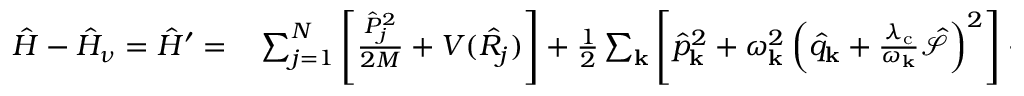
\begin{array} { r l } { \hat { H } - \hat { H } _ { \nu } = \hat { H } ^ { \prime } = } & { { } \sum _ { j = 1 } ^ { N } \left[ \frac { \hat { P } _ { j } ^ { 2 } } { 2 M } + V ( \hat { R _ { j } } ) \right] + \frac { 1 } { 2 } \sum _ { \mathbf { k } } \left[ \hat { p } _ { \mathrm { \mathbf { k } } } ^ { 2 } + \omega _ { \mathbf { k } } ^ { 2 } \left( \hat { q } _ { \mathrm { \mathbf { k } } } + \frac { \lambda _ { \mathrm { c } } } { \omega _ { \mathbf { k } } } \hat { \mathcal { S } } \right) ^ { 2 } \right] + \frac { 1 } { 2 } \sum _ { \mathbf { k } , \zeta } \left[ \hat { \tilde { p } } _ { \mathbf { k } , \zeta } ^ { 2 } + \tilde { \omega } _ { \mathbf { k } , \zeta } ^ { 2 } \left( \hat { \tilde { x } } _ { \mathbf { k } , \zeta } - \frac { \tilde { c } _ { \mathbf { k } , \zeta } } { \tilde { \omega } _ { \mathbf { k } , \zeta } ^ { 2 } } \hat { q } _ { \mathrm { \mathbf { k } } } \right) ^ { 2 } \right] , } \end{array}